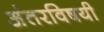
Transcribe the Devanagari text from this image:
अंतरविषयी